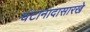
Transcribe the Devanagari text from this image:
घंटानादासारखे